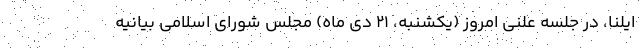
ایلنا، در جلسه علنی امروز (یکشنبه، ۲۱ دی ماه) مجلس شورای اسلامی بیانیه